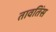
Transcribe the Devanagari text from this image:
तावतिंस